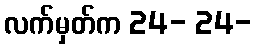
လက်မှတ်က 24- 24-